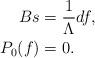
LaTeX: \begin{align*}B s &= \frac{1}{\Lambda} d f, \\P_0 ( f) &= 0.\end{align*}